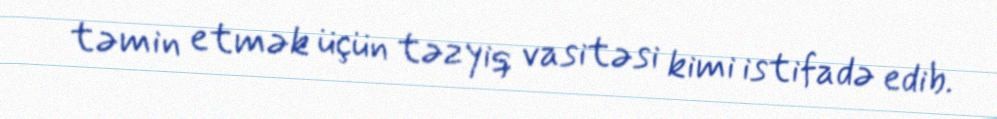
təmin etmək üçün təzyiq vasitəsi kimi istifadə edib.